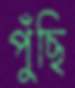
পুঁছি